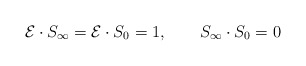
\begin{align*}{\cal{E}} \cdot S_{\infty}= {\cal{E}} \cdot S_{0}= 1, \qquad S_{\infty} \cdot S_{0}= 0 \end{align*}